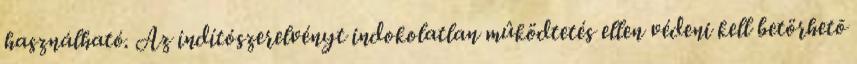
használható. Az indítószerelvényt indokolatlan mûködtetés ellen védeni kell betörhetõ